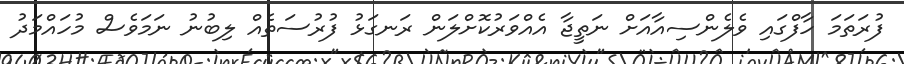
ފުރަތަމަ ހާފްގައި ވެލެންސިއާއަށް ނަތީޖާ އެއްވަރުކޮށްލަން ރަނގަޅު ފުރުސަތެއް ލިބުނު ނަމަވެސް މުހައްމަދު